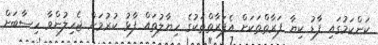
ކަންކަމުގައި ފާޑު ކިޔާ ފަރާތްތަކަށް އެފަރާތްތަކުގެ ހިޔާލުތައް ފާޅު ކުރުމަށް ޖެހިލުންވާ ހިސާބަށް